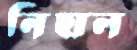
নিহাল